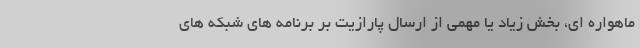
ماهواره ای، بخش زیاد یا مهمی از ارسال پارازیت بر برنامه های شبکه های